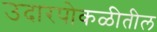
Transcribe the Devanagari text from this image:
उदारपोकळीतील